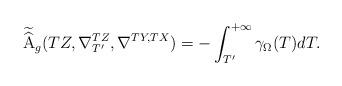
LaTeX: \begin{align*}\widetilde{\mathrm{\widehat{A}}}_g(TZ, \nabla_{T'}^{TZ},\nabla^{TY,TX})=-\int_{T'}^{+\infty}\gamma_{\Omega}(T)dT.\end{align*}